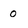
Character: 0